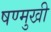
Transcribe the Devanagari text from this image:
षण्मुखी